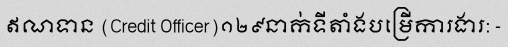
ឥណទាន (Credit Officer)១២៩នាក់ទីតាំងបម្រើការងារ: -